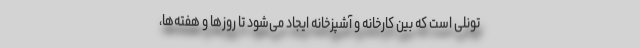
تونلی است که بین کارخانه و آشپزخانه ایجاد می‌شود تا روزها و هفته‌ها،